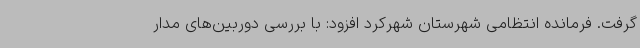
گرفت. فرمانده انتظامی شهرستان شهرکرد افزود: با بررسی دوربین‌های مدار